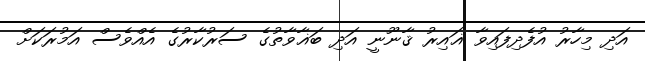
އަދި މިހާރު އުފެދިފައިވާ ޣައިރު ޤާނޫނީ އަދި ބަޣާވާތުގެ ސަރުކާރުގެ އެއްވެސް އަމުރަކަަށް